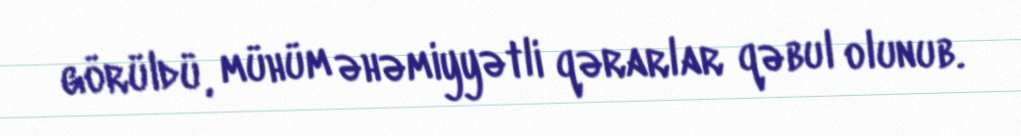
görüldü, mühüm əhəmiyyətli qərarlar qəbul olunub.